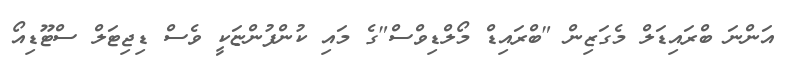
އަންނަ ބްރައިޑަލް މެގަޒިން "ބްރައިޑް މޯލްޑިވްސް"ގެ މައި ކުންފުންޏަކީ ވެސް ޑިޖިޓަލް ސްޓޫޑިއޯ